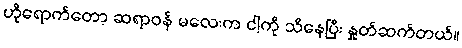
ဟိုရောက်တော့ ဆရာဝန် မလေးက ငါ့ကို သိနေပြီး နှုတ်ဆက်တယ်။